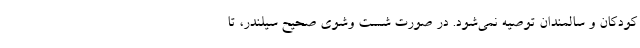
کودکان و سالمندان توصیه نمی‌شود. در صورت شست وشوی صحیح سیلندر، تا